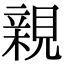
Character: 親